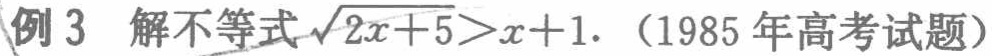
例3 解不等式\(\sqrt{2x + 5}>x + 1\).（1985年高考试题）